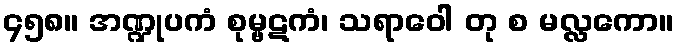
၄၅၈။ အဏ္ဍုပကံ စုမ္ဗဋကံ၊ သရာဝေါ တု စ မလ္လကော။